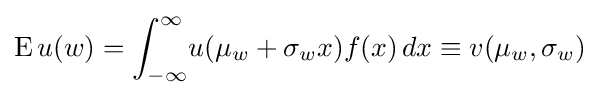
\operatorname {E} u(w)=\int _{-\infty }^{\infty }\!u(\mu _{w}+\sigma _{w}x)f(x)\,dx\equiv v(\mu _{w},\sigma _{w})